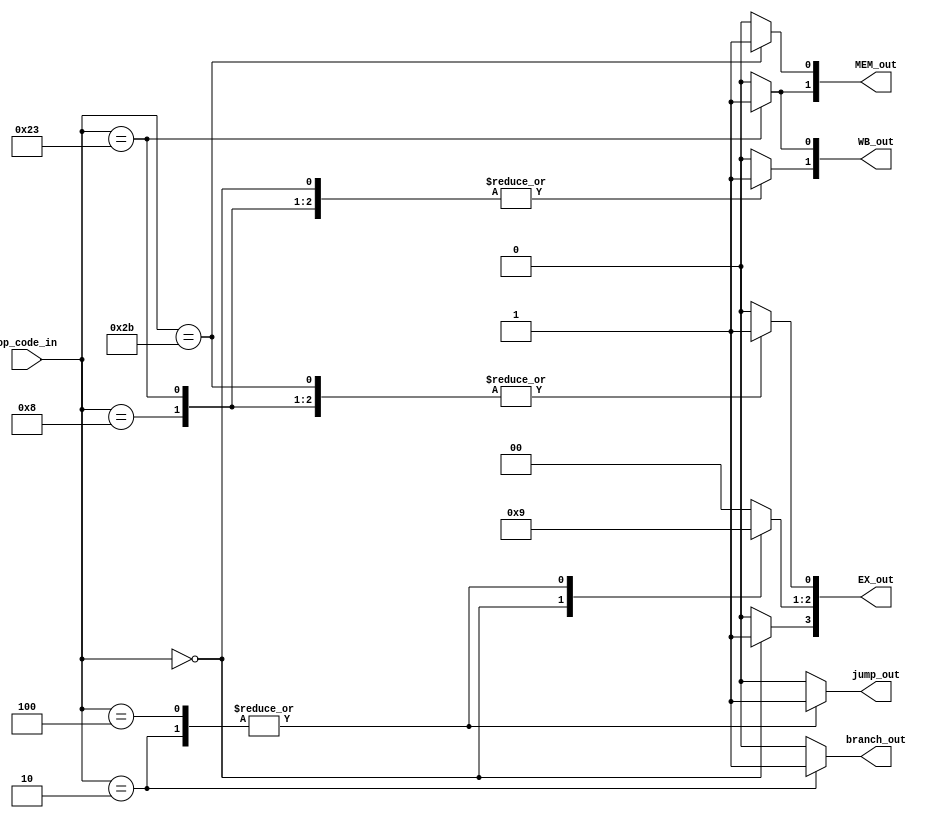
module Control(WB_out, MEM_out, EX_out, jump_out, branch_out, op_code_in);

	output [1:0] WB_out, MEM_out;
	output [3:0] EX_out;
	output reg jump_out, branch_out;

	input [5:0]op_code_in;

	reg reg_dest, mem_read, mem_to_reg, mem_write, reg_write, ALU_src;
	reg [1:0] ALU_Op;
	
	always@(*) begin
		case(op_code_in)
			// R_type
			6'b000000: begin
				reg_dest = 1'b1;
				mem_read = 1'b0;
				mem_to_reg = 1'b0;
				mem_write = 1'b0;
				reg_write = 1'b1;
				ALU_src = 1'b0;
				ALU_Op = 2'b10;
				jump_out = 1'b0;
				branch_out = 1'b0;
			end
			// jump
			6'b000010: begin
				reg_dest = 1'b0;
				mem_read = 1'b0;
				mem_to_reg = 1'b0;
				mem_write = 1'b0;
				reg_write = 1'b0;
				ALU_src = 1'b0;
				ALU_Op = 2'b01;
				jump_out = 1'b1;
				branch_out = 1'b1;
			end
			// branch equal(beq)
			6'b000100: begin
				reg_dest = 1'b0;
				mem_read = 1'b0;
				mem_to_reg = 1'b0;
				mem_write = 1'b0;
				reg_write = 1'b0;
				ALU_src = 1'b0;
				ALU_Op = 2'b01;
				jump_out = 1'b1;
				branch_out = 1'b0;
			end
			// addi
			6'b001000: begin
				reg_dest = 1'b0;
				mem_read = 1'b0;
				mem_to_reg = 1'b0;
				mem_write = 1'b0;
				reg_write = 1'b1;
				ALU_src = 1'b1;
				ALU_Op = 2'b00;
				jump_out = 1'b0;
				branch_out = 1'b0;
			end
			//load word (lw)
			6'b100011: begin
				reg_dest = 1'b0;
				mem_read = 1'b1;
				mem_to_reg = 1'b1;
				mem_write = 1'b0;
				reg_write = 1'b1;
				ALU_src = 1'b1;
				ALU_Op = 2'b00;
				jump_out = 1'b0;
				branch_out = 1'b0;
			end
			//store word (SW)
			6'b101011: begin
				reg_dest = 1'b0;
				mem_read = 1'b0;
				mem_to_reg = 1'b0;
				mem_write = 1'b1;
				reg_write = 1'b0;
				ALU_src = 1'b1;
				ALU_Op = 2'b00;
				jump_out = 1'b0;
				branch_out = 1'b0;	
			end
			//should never reach the default case
			default: begin
				reg_dest = 1'b0;
				mem_read = 1'b0;
				mem_to_reg = 1'b0;
				mem_write = 1'b0;
				reg_write = 1'b0;
				ALU_src = 1'b0;
				ALU_Op = 2'b00;
				jump_out = 1'b0;
				branch_out = 1'b0;
			end
		endcase
	end
	
	assign WB_out = {reg_write, mem_to_reg};
	assign MEM_out = {mem_read, mem_write};
	assign EX_out = {reg_dest, ALU_Op, ALU_src};
endmodule